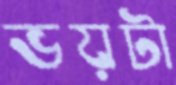
ভয়টা